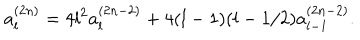
a _ { l } ^ { ( 2 n ) } = 4 l ^ { 2 } a _ { l } ^ { ( 2 n - 2 ) } + 4 ( l - 1 ) ( l - 1 / 2 ) a _ { l - 1 } ^ { ( 2 n - 2 ) } .